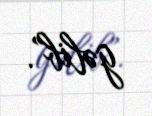
gəlib”.